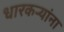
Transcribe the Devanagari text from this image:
धारकर्‍यांना